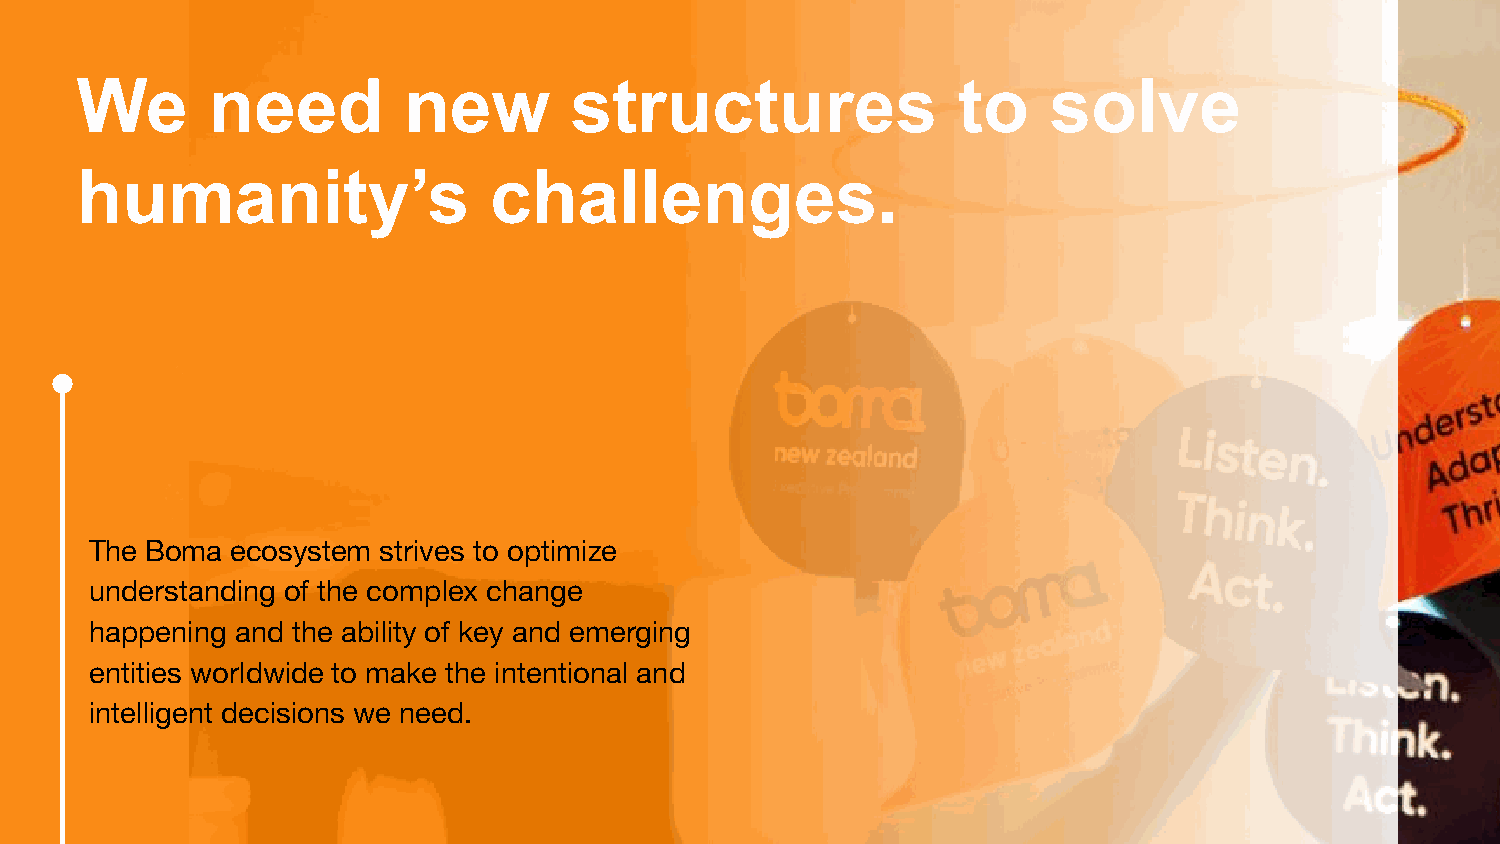
We       need         new        structures               to    solve
 humanity’s                 challenges.
 The Boma ecosystem strives to optimize
 understanding of the complex change
 happening and the ability of key and emerging
 entities worldwide to make the intentional and
 intelligent decisions we need.